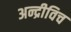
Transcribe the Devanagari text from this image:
अन्द्रीविच